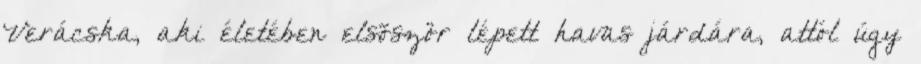
Verácska, aki életében elsõször lépett havas járdára, attól úgy